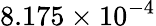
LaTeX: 8.175\times 10^{-4}